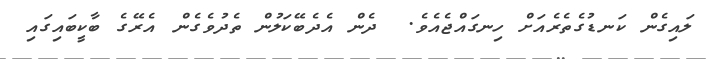
ލައިގެން ކަނޑުގެތެރެއަށް ހިނގައްޖެއެވެ.  ދެން އެދެބޭކަލުން ތެދުވެގެން އެރޭގެ ބާކީބައިގައި